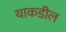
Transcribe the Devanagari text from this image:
याकडील